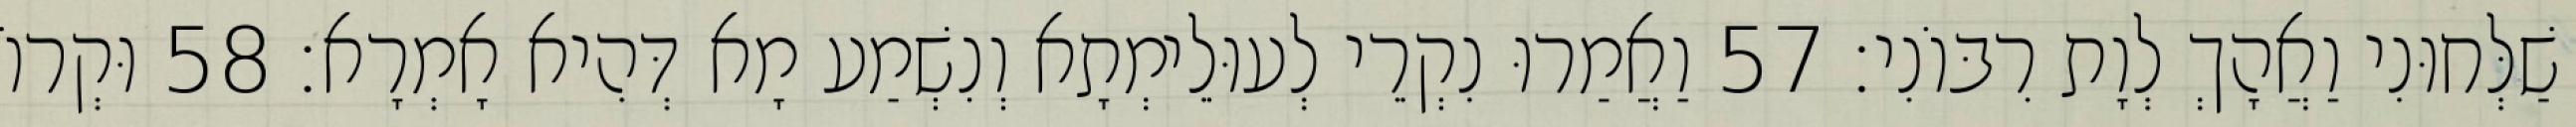
שַׁלְּחוּנִי וַאֲהָךְ לְוָת רִבּוֹנִי׃ 57 וַאֲמַרוּ נִקְרֵי לְעוּלֵימְתָא וְנִשְׁמַע מָא דְּהִיא אָמְרָא׃ 58 וּקְרוֹ